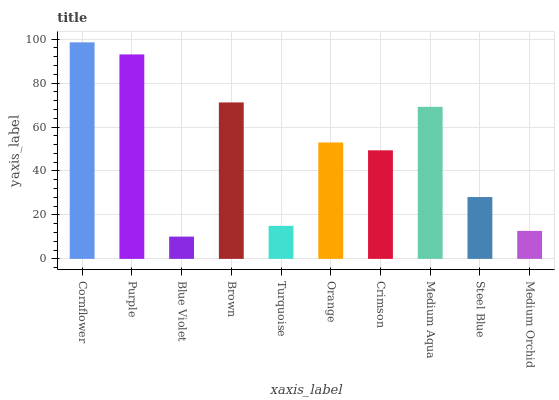
| xaxis_label | bars |
 | --- | --- |
 | Cornflower | 98.6 |
 | Purple | 93.1 |
 | Blue Violet | 10.1 |
 | Brown | 71.2 |
 | Turquoise | 15 |
 | Orange | 53 |
 | Crimson | 49.4 |
 | Medium Aqua | 69.2 |
 | Steel Blue | 28.1 |
 | Medium Orchid | 12.7 |